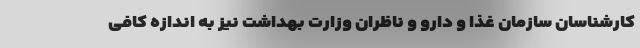
کارشناسان سازمان غذا و دارو و ناظران وزارت بهداشت نیز به اندازه کافی